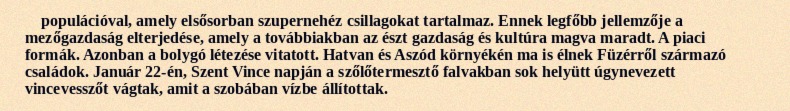
populációval, amely elsősorban szupernehéz csillagokat tartalmaz. Ennek legfőbb jellemzője a mezőgazdaság elterjedése, amely a továbbiakban az észt gazdaság és kultúra magva maradt. A piaci formák. Azonban a bolygó létezése vitatott. Hatvan és Aszód környékén ma is élnek Füzérről származó családok. Január 22-én, Szent Vince napján a szőlőtermesztő falvakban sok helyütt úgynevezett vincevesszőt vágtak, amit a szobában vízbe állítottak.